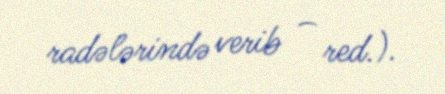
radələrində verib – red.).